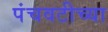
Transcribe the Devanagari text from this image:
पंचवटीच्या